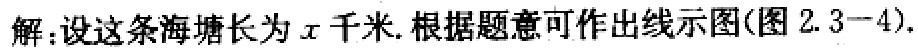
解：设这条海塘长为\(x\)千米. 根据题意可作出线示图(图2.3−4).